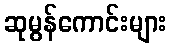
ဆုမွန်ကောင်းများ